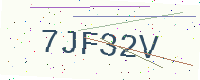
Text: 7JF32V